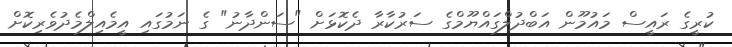
ކުރީގެ ރައީސް މައުމޫން އަބްދުލްގައްޔޫމްގެ ސަރުކާރާ ދެކޮޅަށް "ސަންދާނު" ގެ ނަމުގައި އީމެއިލްމެދުވެރިކޮށް